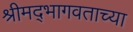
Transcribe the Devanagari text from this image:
श्रीमद्‍भागवताच्या